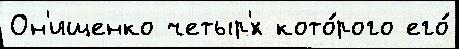
Он'ищенко четыр'́х кото́рого его́